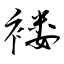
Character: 褛